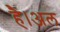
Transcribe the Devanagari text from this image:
है।अल